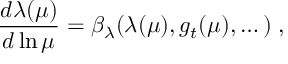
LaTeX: \frac { d \lambda ( \mu ) } { d \ln \mu } = \beta _ { \lambda } ( \lambda ( \mu ) , g _ { t } ( \mu ) , \dots ) \; ,